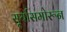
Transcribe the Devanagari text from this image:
सू्र्यासमोरून